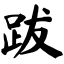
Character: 跋